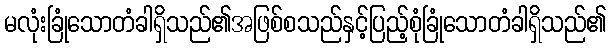
မလုံးခြုံသောတံခါရှိသည်၏အဖြစ်စသည်နှင့်ပြည့်စုံခြုံသောတံခါရှိသည်၏